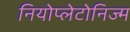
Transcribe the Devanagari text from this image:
नियोप्लेटोनिज्म